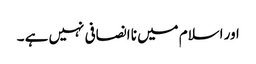
اور اسلام میں نا انصافی نہیں ہے ۔